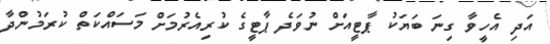
އަދި އެހީވާ ގިނަ ބަޔަކު ޕާޓީއަށް ނުވަދެ ޕާޓީގެ ކުރިއެރުމަށް މަސައްކަތް ކުރަމުންދާ